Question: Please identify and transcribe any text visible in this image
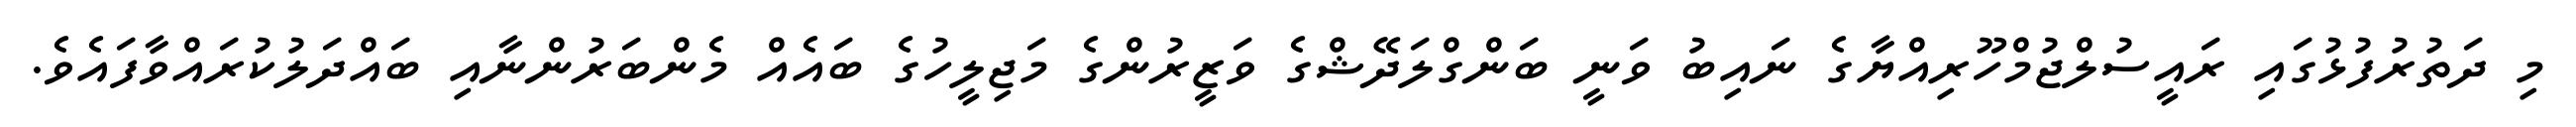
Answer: މި ދަތުރުފުޅުގައި ރައީސުލްޖުމްހޫރިއްޔާގެ ނައިބު ވަނީ ބަންގްލަދޭޝްގެ ވަޒީރުންގެ މަޖިލީހުގެ ބައެއް މެންބަރުންނާއި ބައްދަލުކުރައްވާފައެވެ.